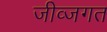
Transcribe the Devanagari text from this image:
जीव्जगत